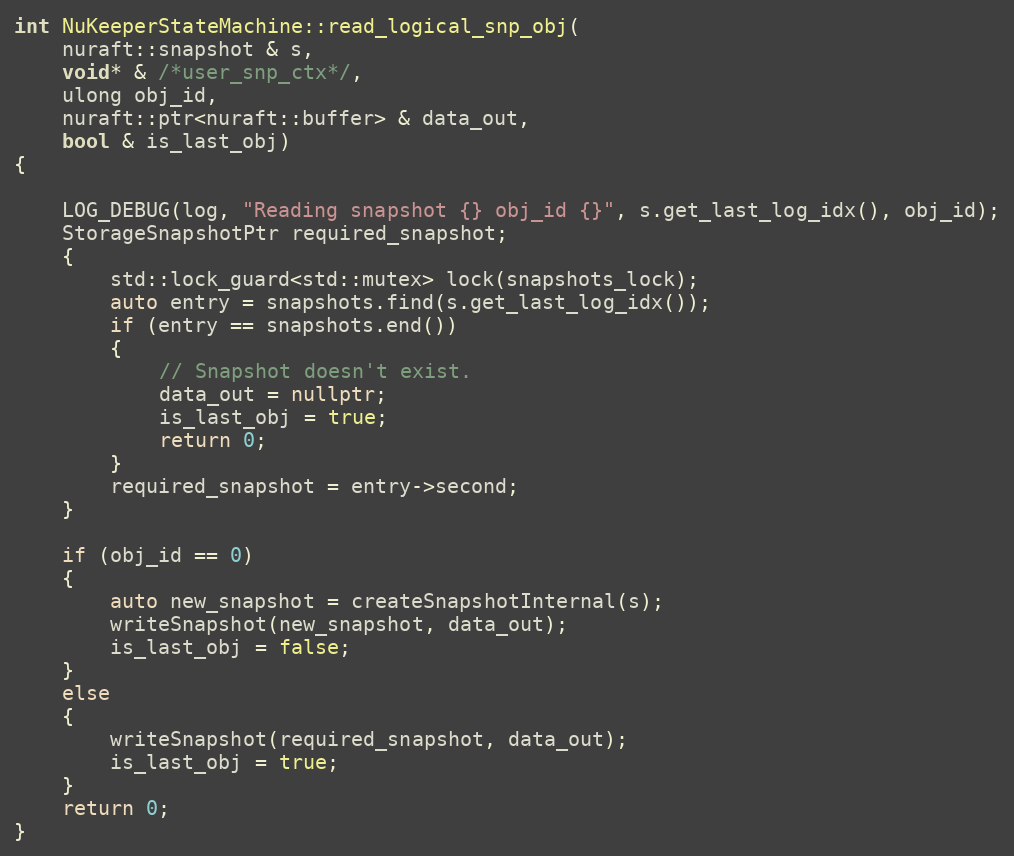
Language: C++
int NuKeeperStateMachine::read_logical_snp_obj(
    nuraft::snapshot & s,
    void* & /*user_snp_ctx*/,
    ulong obj_id,
    nuraft::ptr<nuraft::buffer> & data_out,
    bool & is_last_obj)
{

    LOG_DEBUG(log, "Reading snapshot {} obj_id {}", s.get_last_log_idx(), obj_id);
    StorageSnapshotPtr required_snapshot;
    {
        std::lock_guard<std::mutex> lock(snapshots_lock);
        auto entry = snapshots.find(s.get_last_log_idx());
        if (entry == snapshots.end())
        {
            // Snapshot doesn't exist.
            data_out = nullptr;
            is_last_obj = true;
            return 0;
        }
        required_snapshot = entry->second;
    }

    if (obj_id == 0)
    {
        auto new_snapshot = createSnapshotInternal(s);
        writeSnapshot(new_snapshot, data_out);
        is_last_obj = false;
    }
    else
    {
        writeSnapshot(required_snapshot, data_out);
        is_last_obj = true;
    }
    return 0;
}